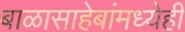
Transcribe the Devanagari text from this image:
बाळासाहेबांमध्येही